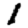
Digit: 1